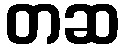
တဆ